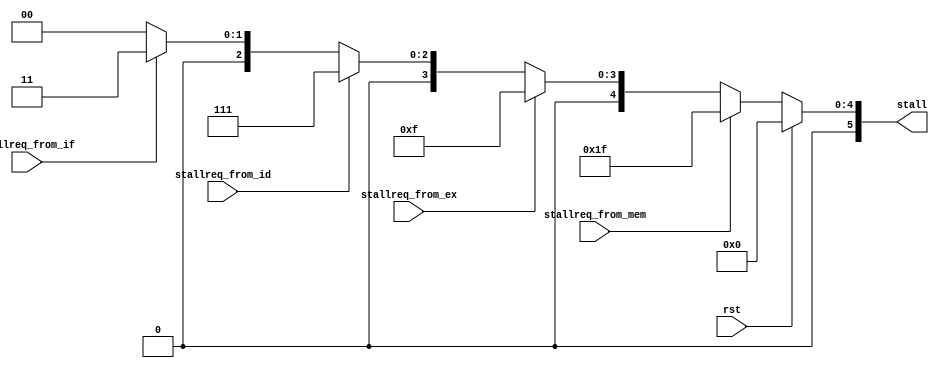
module ctrl(
	input wire 			rst,
	input wire 			stallreq_from_if,
	input wire 			stallreq_from_id,
	input wire 			stallreq_from_ex,
	input wire 			stallreq_from_mem,
	output reg[5:0] 	stall
);

	always @(*) begin
		if (rst) begin
			stall <= 6'b000000;
		end else if (stallreq_from_mem) begin
			stall <= 6'b011111;
		end else if (stallreq_from_ex) begin
			stall <= 6'b001111;
		end else if (stallreq_from_id) begin
			stall <= 6'b000111;
		end else if (stallreq_from_if) begin 
			stall <= 6'b000011;
		end else begin
			stall <= 6'b000000;
		end
	end

endmodule